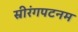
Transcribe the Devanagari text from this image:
स्रीरंगपटनम